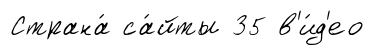
Страна́ са́йты 35 в'и́д'ео